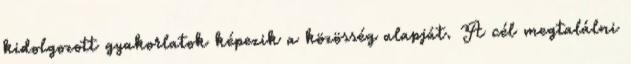
kidolgozott gyakorlatok képezik a közösség alapját. A cél megtalálni